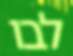
לבו